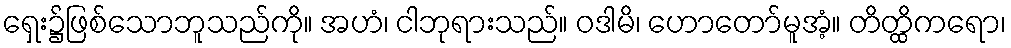
ရှေး၌ဖြစ်သောဘူသည်ကို။ အဟံ၊ ငါဘုရားသည်။ ဝဒါမိ၊ ဟောတော်မူအံ့။ တိတ္ထိကရော၊